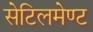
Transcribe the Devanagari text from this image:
सेटिलमेण्ट